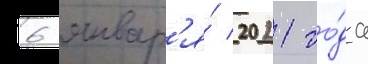
6 январ'я́ 2021 го́да